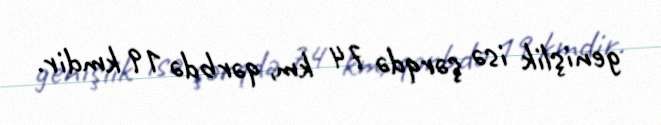
genişlik isə şərqdə 74 km, qərbdə 19 kmdir.